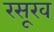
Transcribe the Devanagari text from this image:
रसूख